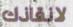
لانقاذك